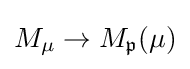
M_{\mu }\to M_{\mathfrak {p}}(\mu )